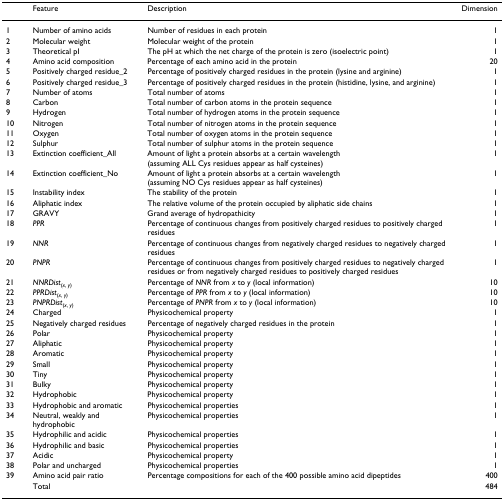
<table><thead><tr><td></td><td><b>Feature</b></td><td><b>Description</b></td><td><b>Dimension</b></td></tr></thead><tbody><tr><td>1</td><td>Number of amino acids</td><td>Number of residues in each protein</td><td>1</td></tr><tr><td>2</td><td>Molecular weight</td><td>Molecular weight of the protein</td><td>1</td></tr><tr><td>3</td><td>Theoretical pI</td><td>The pH at which the net charge of the protein is zero (isoelectric point)</td><td>1</td></tr><tr><td>4</td><td>Amino acid composition</td><td>Percentage of each amino acid in the protein</td><td>20</td></tr><tr><td>5</td><td>Positively charged residue_2</td><td>Percentage of positively charged residues in the protein (lysine and arginine)</td><td>1</td></tr><tr><td>6</td><td>Positively charged residue_3</td><td>Percentage of positively charged residues in the protein (histidine, lysine, and arginine)</td><td>1</td></tr><tr><td>7</td><td>Number of atoms</td><td>Total number of atoms</td><td>1</td></tr><tr><td>8</td><td>Carbon</td><td>Total number of carbon atoms in the protein sequence</td><td>1</td></tr><tr><td>9</td><td>Hydrogen</td><td>Total number of hydrogen atoms in the protein sequence</td><td>1</td></tr><tr><td>10</td><td>Nitrogen</td><td>Total number of nitrogen atoms in the protein sequence</td><td>1</td></tr><tr><td>11</td><td>Oxygen</td><td>Total number of oxygen atoms in the protein sequence</td><td>1</td></tr><tr><td>12</td><td>Sulphur</td><td>Total number of sulphur atoms in the protein sequence</td><td>1</td></tr><tr><td>13</td><td>Extinction coefficient_All</td><td>Amount of light a protein absorbs at a certain wavelength (assuming ALL Cys residues appear as half cysteines)</td><td>1</td></tr><tr><td>14</td><td>Extinction coefficient_No</td><td>Amount of light a protein absorbs at a certain wavelength (assuming NO Cys residues appear as half cysteines)</td><td>1</td></tr><tr><td>15</td><td>Instability index</td><td>The stability of the protein</td><td>1</td></tr><tr><td>16</td><td>Aliphatic index</td><td>The relative volume of the protein occupied by aliphatic side chains</td><td>1</td></tr><tr><td>17</td><td>GRAVY</td><td>Grand average of hydropathicity</td><td>1</td></tr><tr><td>18</td><td><i>PPR</i></td><td>Percentage of continuous changes from positively charged residues to positively charged residues</td><td>1</td></tr><tr><td>19</td><td><i>NNR</i></td><td>Percentage of continuous changes from negatively charged residues to negatively charged residues</td><td>1</td></tr><tr><td>20</td><td><i>PNPR</i></td><td>Percentage of continuous changes from positively charged residues to negatively charged residues or from negatively charged residues to positively charged residues</td><td>1</td></tr><tr><td>21</td><td><i>NNRDist</i><sub>(<i>x</i>, <i>y</i>)</sub></td><td>Percentage of <i>NNR </i>from <i>x </i>to <i>y </i>(local information)</td><td>10</td></tr><tr><td>22</td><td><i>PPRDist</i><sub>(<i>x</i>, <i>y</i>)</sub></td><td>Percentage of <i>PPR </i>from <i>x </i>to <i>y </i>(local information)</td><td>10</td></tr><tr><td>23</td><td><i>PNPRDist</i><sub>(<i>x</i>, <i>y</i>)</sub></td><td>Percentage of <i>PNPR </i>from <i>x </i>to <i>y </i>(local information)</td><td>10</td></tr><tr><td>24</td><td>Charged</td><td>Physicochemical property</td><td>1</td></tr><tr><td>25</td><td>Negatively charged residues</td><td>Percentage of negatively charged residues in the protein</td><td>1</td></tr><tr><td>26</td><td>Polar</td><td>Physicochemical property</td><td>1</td></tr><tr><td>27</td><td>Aliphatic</td><td>Physicochemical property</td><td>1</td></tr><tr><td>28</td><td>Aromatic</td><td>Physicochemical property</td><td>1</td></tr><tr><td>29</td><td>Small</td><td>Physicochemical property</td><td>1</td></tr><tr><td>30</td><td>Tiny</td><td>Physicochemical property</td><td>1</td></tr><tr><td>31</td><td>Bulky</td><td>Physicochemical property</td><td>1</td></tr><tr><td>32</td><td>Hydrophobic</td><td>Physicochemical property</td><td>1</td></tr><tr><td>33</td><td>Hydrophobic and aromatic</td><td>Physicochemical properties</td><td>1</td></tr><tr><td>34</td><td>Neutral, weakly and hydrophobic</td><td>Physicochemical properties</td><td>1</td></tr><tr><td>35</td><td>Hydrophilic and acidic</td><td>Physicochemical properties</td><td>1</td></tr><tr><td>36</td><td>Hydrophilic and basic</td><td>Physicochemical properties</td><td>1</td></tr><tr><td>37</td><td>Acidic</td><td>Physicochemical property</td><td>1</td></tr><tr><td>38</td><td>Polar and uncharged</td><td>Physicochemical properties</td><td>1</td></tr><tr><td>39</td><td>Amino acid pair ratio</td><td>Percentage compositions for each of the 400 possible amino acid dipeptides</td><td>400</td></tr><tr><td></td><td>Total</td><td></td><td>484</td></tr></tbody></table>